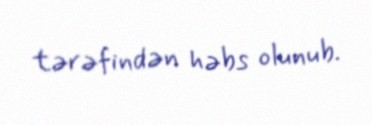
tərəfindən həbs olunub.